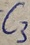
Text: C3